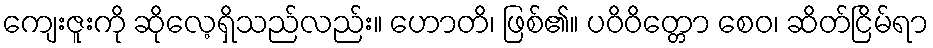
ကျေးဇူးကို ဆိုလေ့ရှိသည်လည်း။ ဟောတိ၊ ဖြစ်၏။ ပဝိဝိတ္တော စေဝ၊ ဆိတ်ငြိမ်ရာ